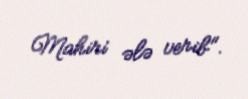
Mahiri ələ verib".